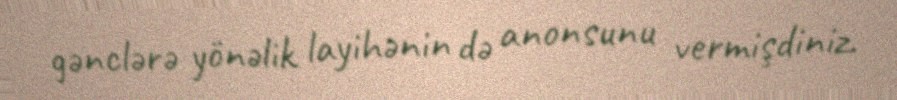
gənclərə yönəlik layihənin də anonsunu vermişdiniz.